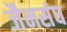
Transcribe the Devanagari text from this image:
जैनसंघ